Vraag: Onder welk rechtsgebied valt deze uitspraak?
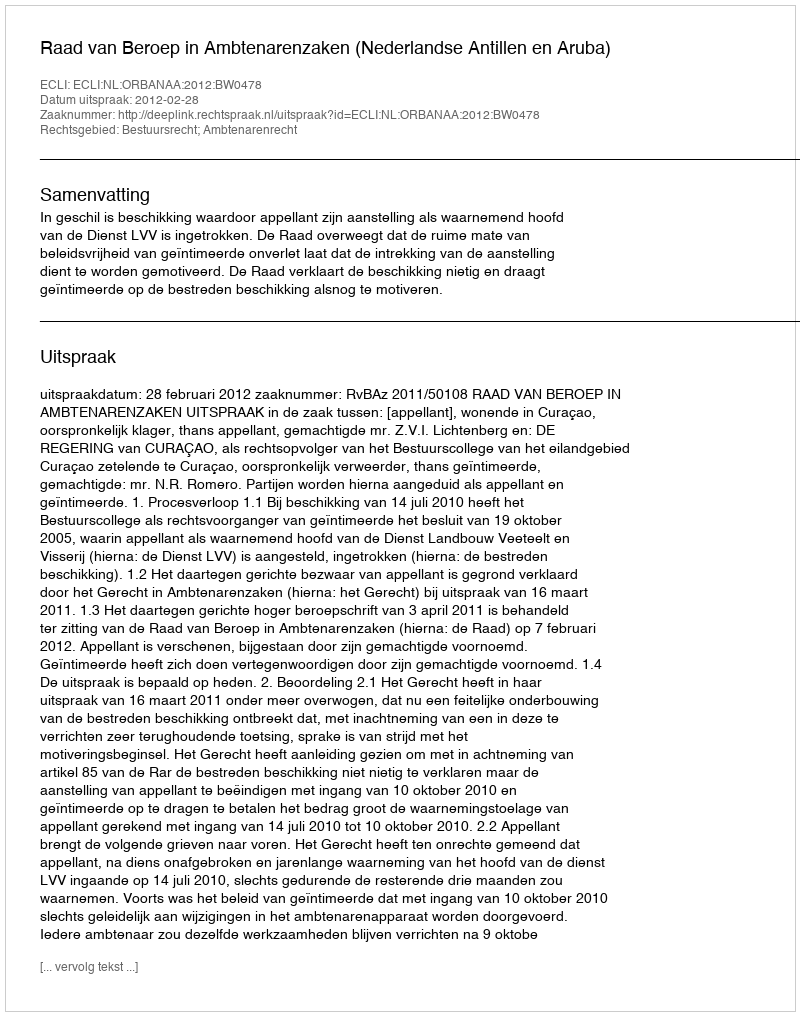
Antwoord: Bestuursrecht; Ambtenarenrecht